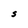
Character: S